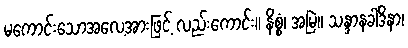
မကောင်းသောအလေ့အားဖြင့် လည်းကောင်း။ နိစ္စံ၊ အမြဲ။ သန္ဒာနခါဒိနာ၊